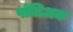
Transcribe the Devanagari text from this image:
पोंतिअक